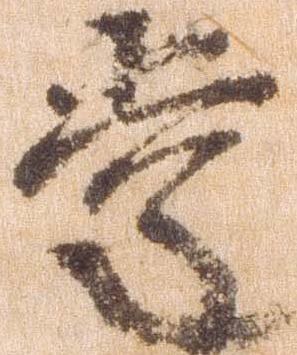
掌